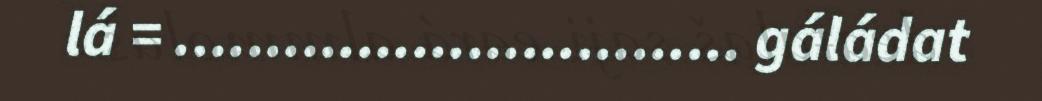
lá = ............................... gáládat